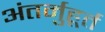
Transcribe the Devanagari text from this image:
अंतर्मुहूर्त